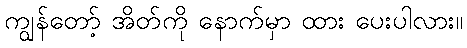
ကျွန်တော့် အိတ်ကို နောက်မှာ ထား ပေးပါလား။